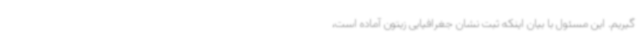
گیریم. این مسئول با بیان اینکه ثبت نشان جغرافیایی زیتون آماده است،